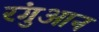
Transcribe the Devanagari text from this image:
रंगुआन